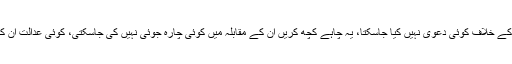
یہ قانون سے بالاتر ہیں، ان کے خلاف کوئی دعویٰ نہیں کیا جاسکتا، یہ چاہے کچھ کریں ان کے مقابلہ میں کوئی چارہ جوئی نہیں کی جاسکتی، کوئی عدالت ان کے نام سمن نہیں بھیج سکتی۔